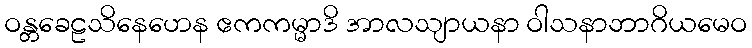
ဝန္တခေဠသိနေဟေန ဧကကမ္မာဒိ အာလသျာယနာ ဝါသနာဘာဂိယမေဝ